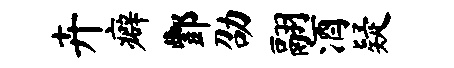
卉癖酆劭翮酒疑